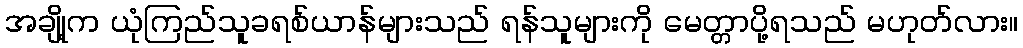
အချို့က ယုံကြည်သူခရစ်ယာန်များသည် ရန်သူများကို မေတ္တာပို့ရသည် မဟုတ်လား။